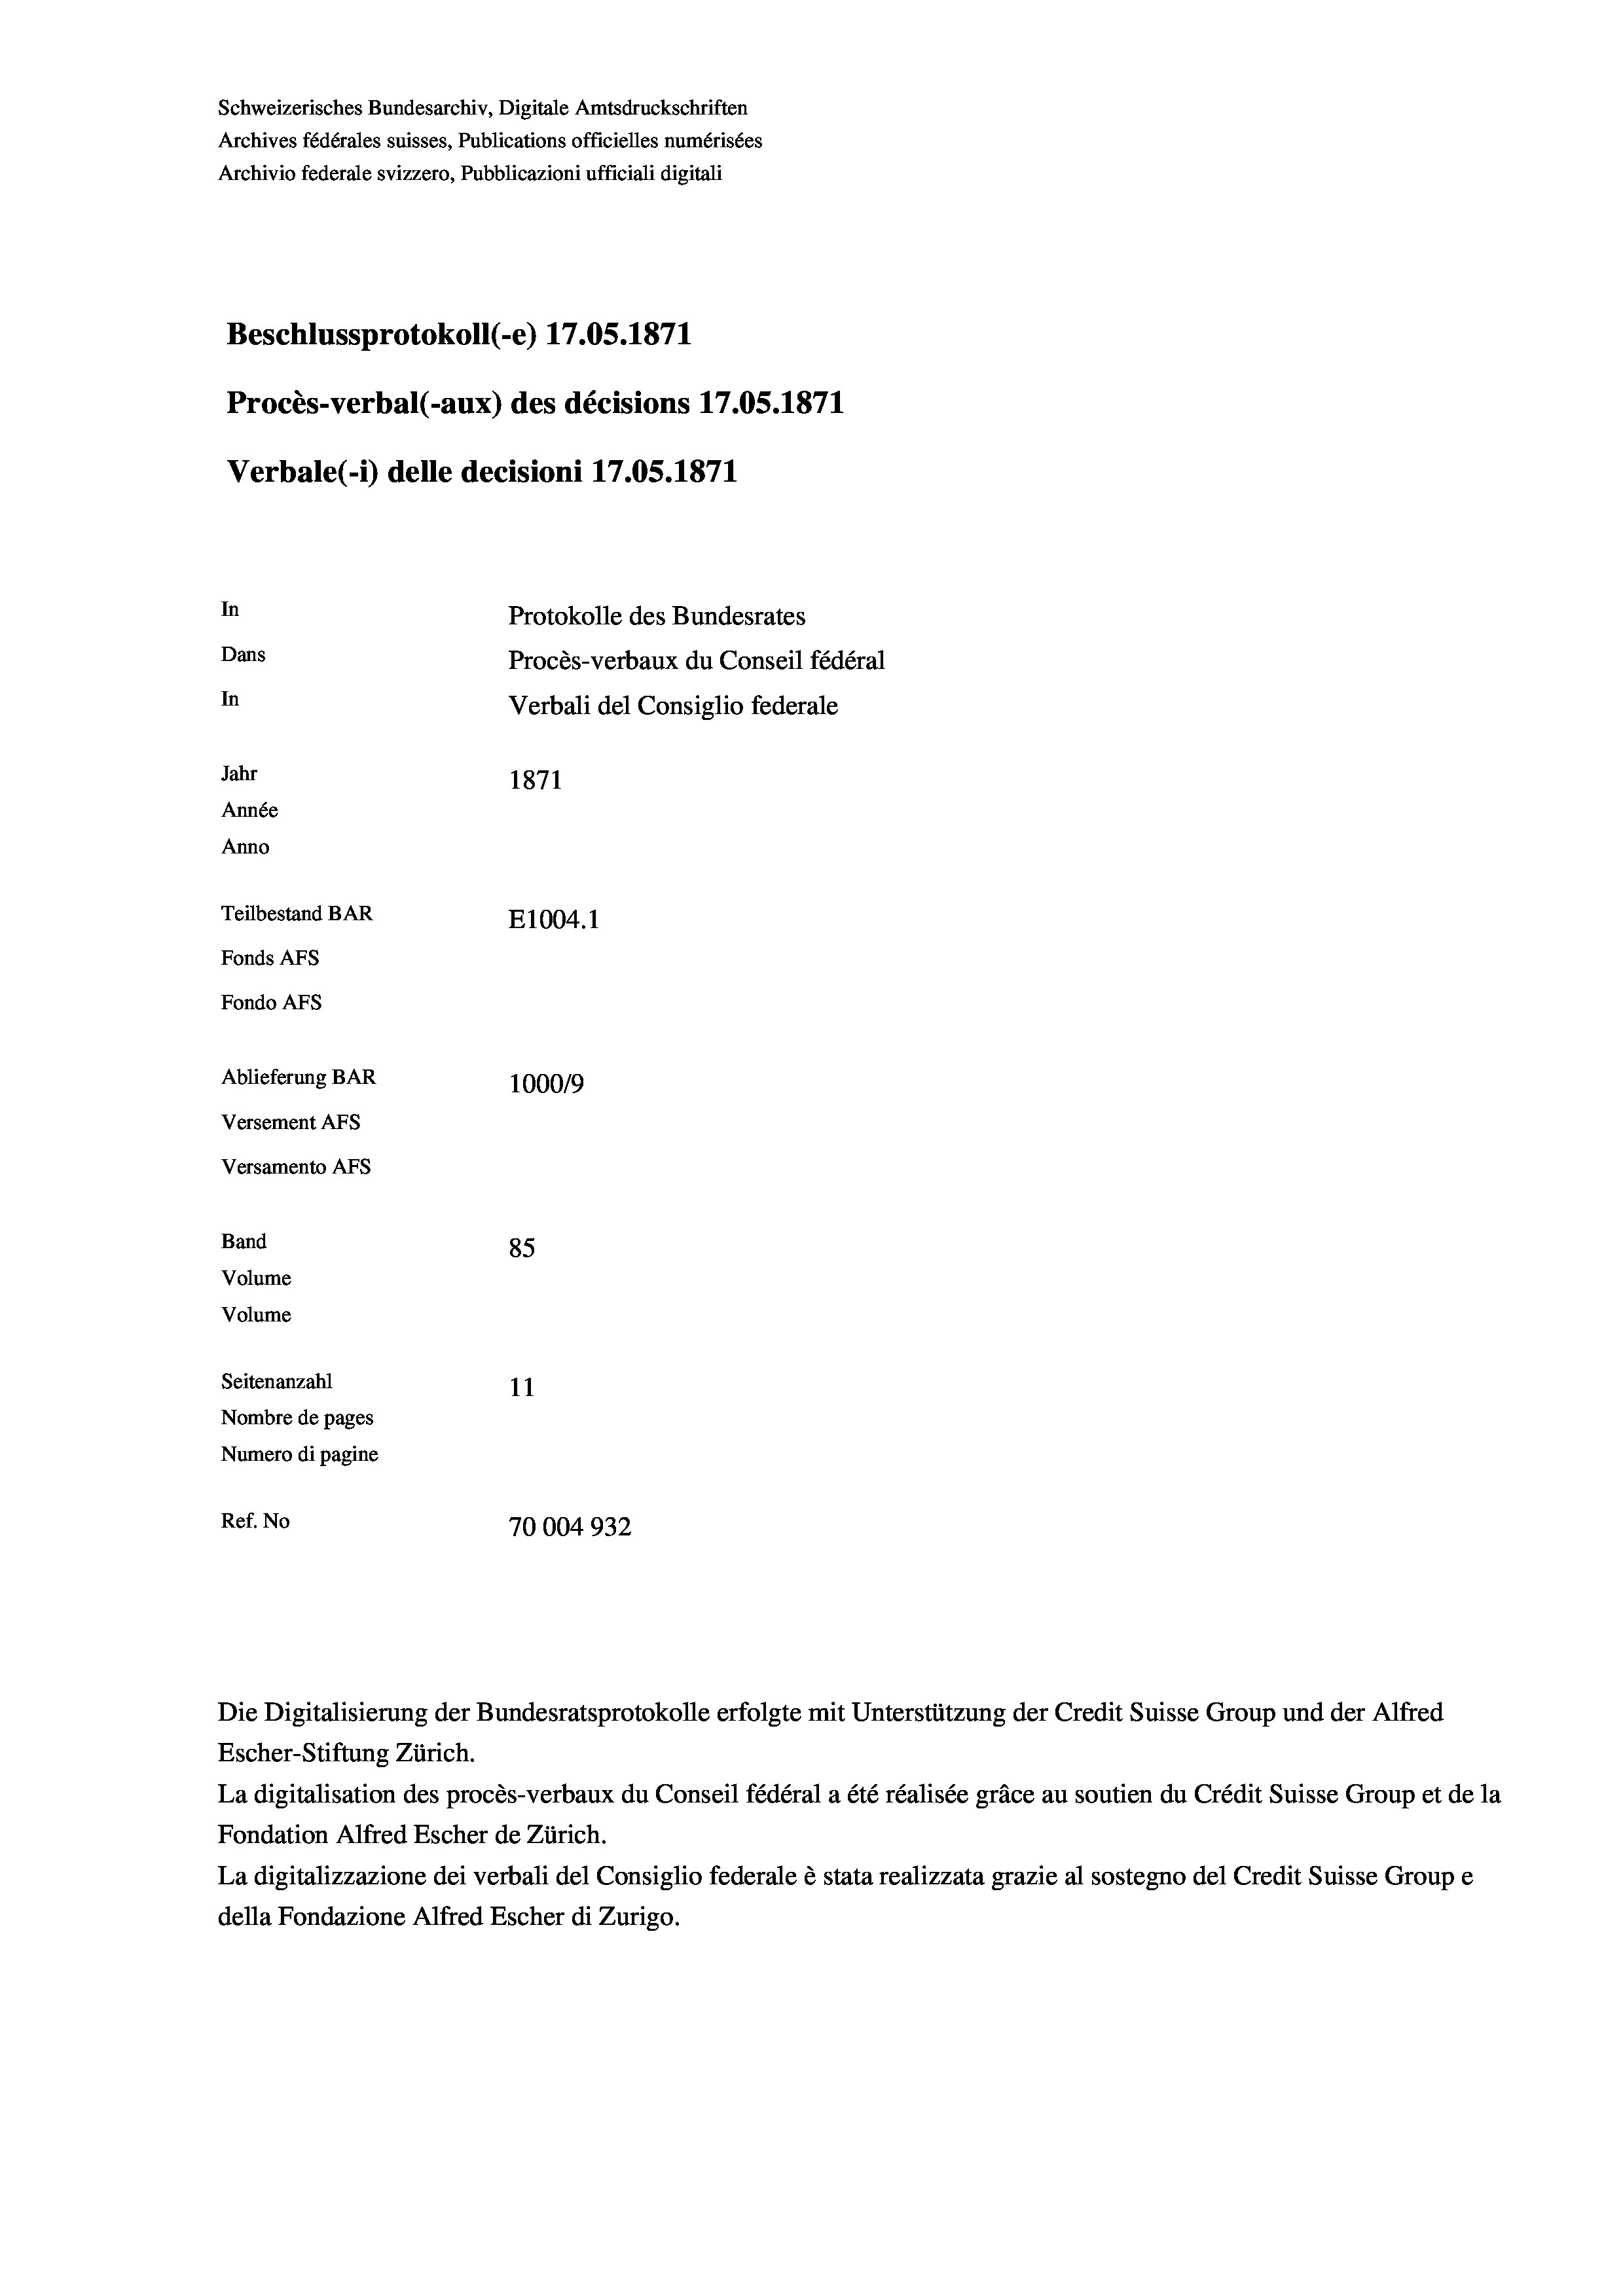
Schweizerisches Bundesarchiv, Digitale Amtsdruckschriften
Archives fédérales suisses, Publications officielles numérisées
Archivio federale svizzero, Pubblicazioni ufficiali digitali
Beschlussprotokoll (-e) 17.05. 1871
Procès-verbal (-aux) des décisions 17.05. 1871
Verbale(-*) delle decisioni 17.05. 1871
In
Protokolle des Bundesrates
Dans
Procès-verbaux du Conseil fédéral
In
Verbali del Consiglio federale
Jahr
1871
Année
Anno
Teilbestand BAR
E1004. 1
Fonds AFs
Fondo AFs
Ablieferung BAR
1000/9
Versement AFS
Versamento AFs
Band
85
Volume
Volume

Seitenanzahl
Nombre de pages
Numero di pagine
Ref. No

11
70004932

Escher-Stiftung Zürich.
La digitalisation des procès-verbaux du Conseil fédéral a été réalisée gräce au soutien du Crédit Suisse Group et de la
Fondation Alfred Escher de Zürich.
La digitalizzazione dei verbali del Consiglio federale è stata realizzata grazie al sostegno del Credit Suisse Groupe
della Fondazione Alfred Escher di Zurigo.

Die Digitalisierung der Bundesratsprotokolle erfolgte mit Unterstützung der Credit Suisse Group und der Alfred